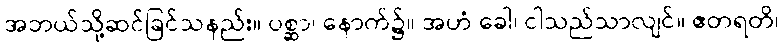
အဘယ်သို့ဆင်ခြင်သနည်း။ ပစ္ဆာ၊ နောက်၌။ အဟံ ခေါ၊ ငါသည်သာလျင်။ ဧတရတိ၊